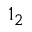
1 _ { 2 }